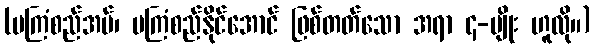
(မကြံစည်အပ်၊ မကြံစည်နိုင်အောင် ဖြစ်တတ်သော အရာ ၄-မျိုး ဟူလို။)